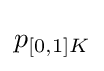
{\textstyle p_{[0,1]K}}